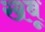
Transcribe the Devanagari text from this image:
खबू